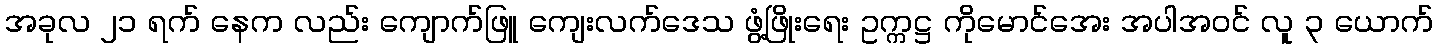
အခုလ ၂၁ ရက် နေက လည်း ကျောက်ဖြူ ကျေးလက်ဒေသ ဖွံ့ဖြိုးရေး ဥက္ကဋ္ဌ ကိုမောင်အေး အပါအဝင် လူ ၃ ယောက်